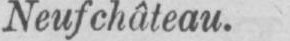
Neufchâteau.